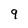
Character: 9